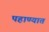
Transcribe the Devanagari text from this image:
पहाण्यात